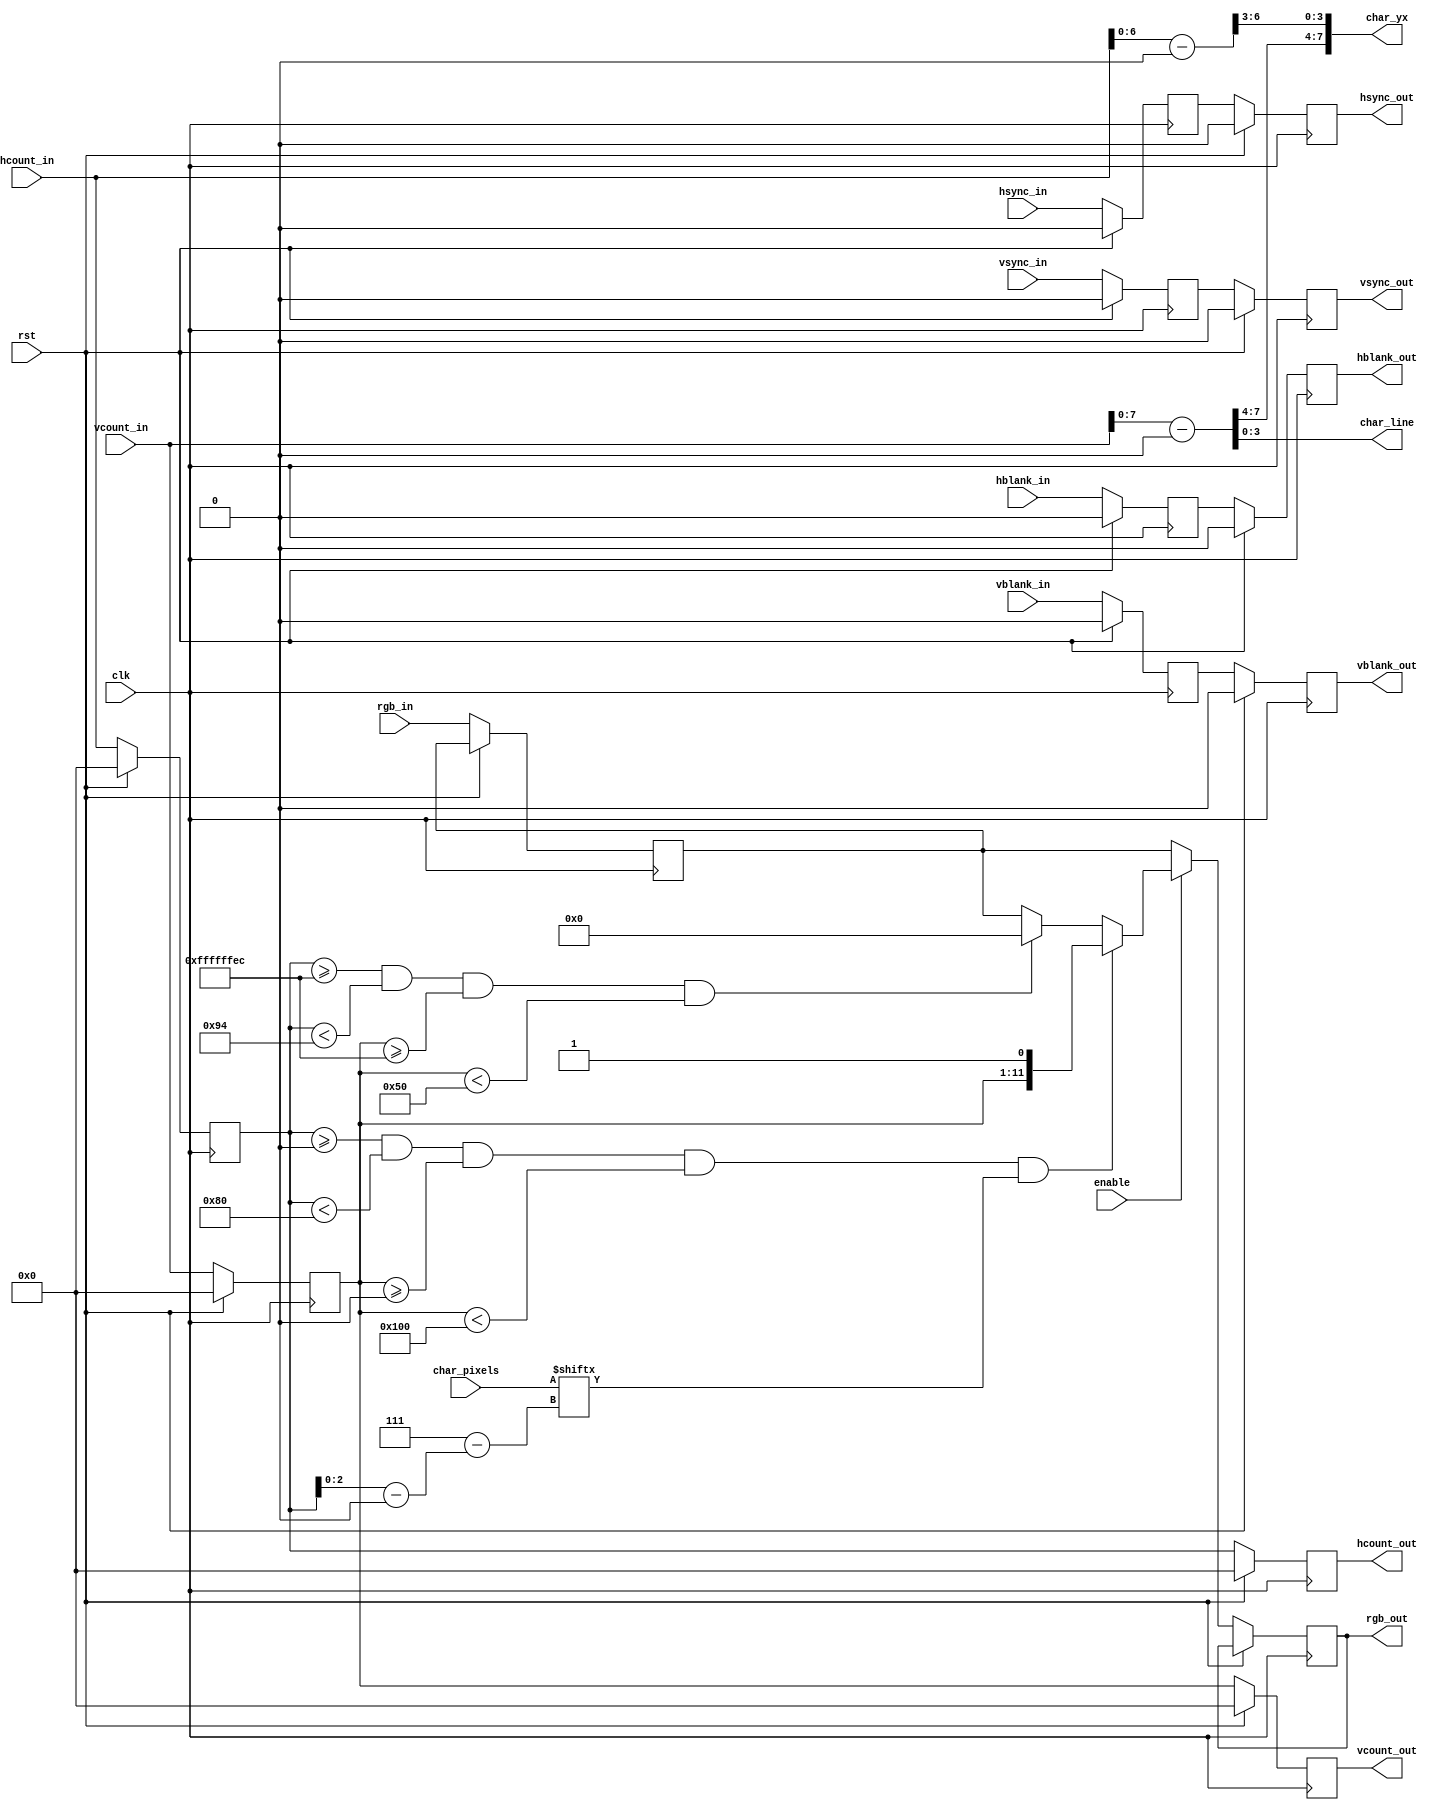
`timescale 1ns / 1ps
//////////////////////////////////////////////////////////////////////////////////
// Company: 
// Engineer: 
// 
// Design Name: 
// Module Name: draw_rect_char
// Project Name: 
// Target Devices: 
// Tool Versions: 
// Description: 
//
// Draws a char whose font is provided by font_rom module.
// The combinational part for rgb is based on the following concept:
// 'char_pixels' give us 8 bits for the one vertical line of the char -
//          if bit=1, the pixel should be printed with a different colour, to create a char (later on) 
// 'hcount_in[2:0]' may vary from 0..7 and indicates current vert. position "in the printed char"
// the sum of currently printed pixel (index of "char_pixels": 0..7) and "hcount_in[2:0]" is always equal to 7;
// e.g. if hcount_in[2:0]=3'b000, then we print (if 1) the first component of the char, which is char_pixels[7];
// if hcount_in[2:0]=3'b001, then we move on and print char_pixels[6]...
// Dependencies: 
// 
// Additional Comments:
// 
//////////////////////////////////////////////////////////////////////////////////

module draw_rect_char #(
    parameter XPOS = 0,
    parameter YPOS = 0
)
(
   input wire clk,
   input wire rst,
   input wire enable,
   input wire [10:0] hcount_in,
   input wire hsync_in,
   input wire hblank_in,
   input wire [10:0] vcount_in,
   input wire vsync_in,
   input wire vblank_in,
   input wire [11:0] rgb_in,
   input wire [7:0] char_pixels,     
   
   output reg [10:0]  hcount_out,
   output reg hsync_out,
   output reg hblank_out,
   output reg [10:0] vcount_out,
   output reg vsync_out,
   output reg vblank_out,
   output reg [11:0] rgb_out,
   output wire [7:0] char_yx,           //char position in the rectangle
   output wire [3:0] char_line          //line of the char
);

localparam WIDTH = 128;
localparam HEIGHT = 256;

reg [10:0] char_x, char_x_del, char_y;
reg [11:0] rgb_out_nxt, rgb_temp;
reg [10:0] hcount_temp, vcount_temp;
reg hsync_temp, vsync_temp, hblank_temp, vblank_temp;  

always @(posedge clk) begin
 if (rst) begin
         hsync_out <= 0;
         vsync_out <= 0;
         hblank_out <= 0;
         vblank_out <= 0;
         hcount_out <= 0;
         vcount_out <= 0;
         
         hsync_temp <= 0;
         vsync_temp <= 0;
         hblank_temp <= 0;
         vblank_temp <= 0;
         hcount_temp <= 0;
         vcount_temp <= 0;  
end
else begin
        hcount_out <= hcount_temp;
        vcount_out <= vcount_temp;
        hsync_out <= hsync_temp;
        vsync_out <= vsync_temp;
        hblank_out <= hblank_temp;
        vblank_out <= vblank_temp;
        rgb_out <= rgb_out_nxt;
        
        hcount_temp <= hcount_in;
        vcount_temp <= vcount_in;
        hsync_temp <= hsync_in;
        vsync_temp <= vsync_in;
        hblank_temp <= hblank_in;
        vblank_temp <= vblank_in;
        rgb_temp <= rgb_in;
   end
end

assign char_line = char_y[3:0];
assign char_yx = {char_y[7:4],char_x[6:3]};          //{y_char,x_char}
  
//print char 
always @* begin
    char_y = vcount_in-YPOS; 
    char_x = hcount_in-XPOS;
    char_x_del = hcount_temp-XPOS;
    if (enable) begin
         if (hcount_temp >= XPOS && hcount_temp < (WIDTH + XPOS)
             && vcount_temp >= YPOS && vcount_temp < (HEIGHT + YPOS)
             && (char_pixels[7 - char_x_del[2:0]]))       // 'char' rectangle
                 rgb_out_nxt = {vcount_temp,1'b1};
         else if (hcount_temp >= (XPOS - 20) && hcount_temp < (WIDTH + XPOS + 20)
                 && vcount_temp >= (YPOS - 20) && vcount_temp < (YPOS + 80))
                    rgb_out_nxt = 12'h000;
         else    //'non-char' area
                 rgb_out_nxt = rgb_temp; 
    end 
    else
                 rgb_out_nxt = rgb_temp; 
end 
 
endmodule